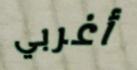
أغربي